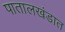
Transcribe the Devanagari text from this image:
पातालखंडात